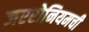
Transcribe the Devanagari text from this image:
जएरोनियमची